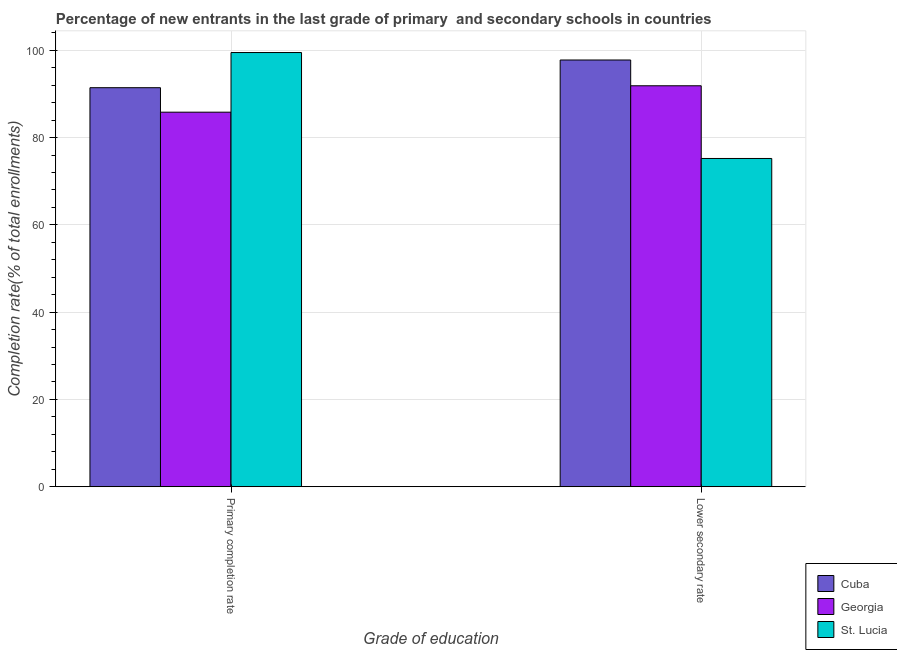
| Grade of education | Cuba | Georgia | St. Lucia |
 | --- | --- | --- | --- |
 | Primary completion rate | 91.4 | 85.8 | 99.5 |
 | Lower secondary rate | 97.8 | 91.9 | 75.2 |